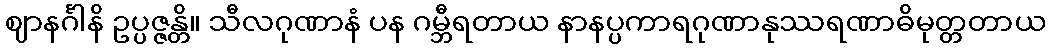
ဈာနင်္ဂါနိ ဥပ္ပဇ္ဇန္တိ။ သီလဂုဏာနံ ပန ဂမ္ဘီရတာယ နာနပ္ပကာရဂုဏာနုဿရဏာဓိမုတ္တတာယ